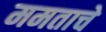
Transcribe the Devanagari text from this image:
ममताचे